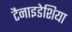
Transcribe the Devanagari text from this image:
टैनाइडेशिया